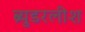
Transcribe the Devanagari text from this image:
ब्र्युडरलीश